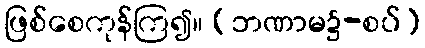
ဖြစ်စေကုန်ကြ၍။ (ဘဏာမ၌-စပ်)